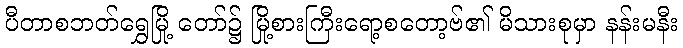
ပီတာစဘတ်ရွှေမြို့ တော်၌ မြို့စားကြီးရော့စတော့ဗ်၏ မိသားစုမှာ နန်းမနီး